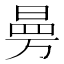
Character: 𭦟